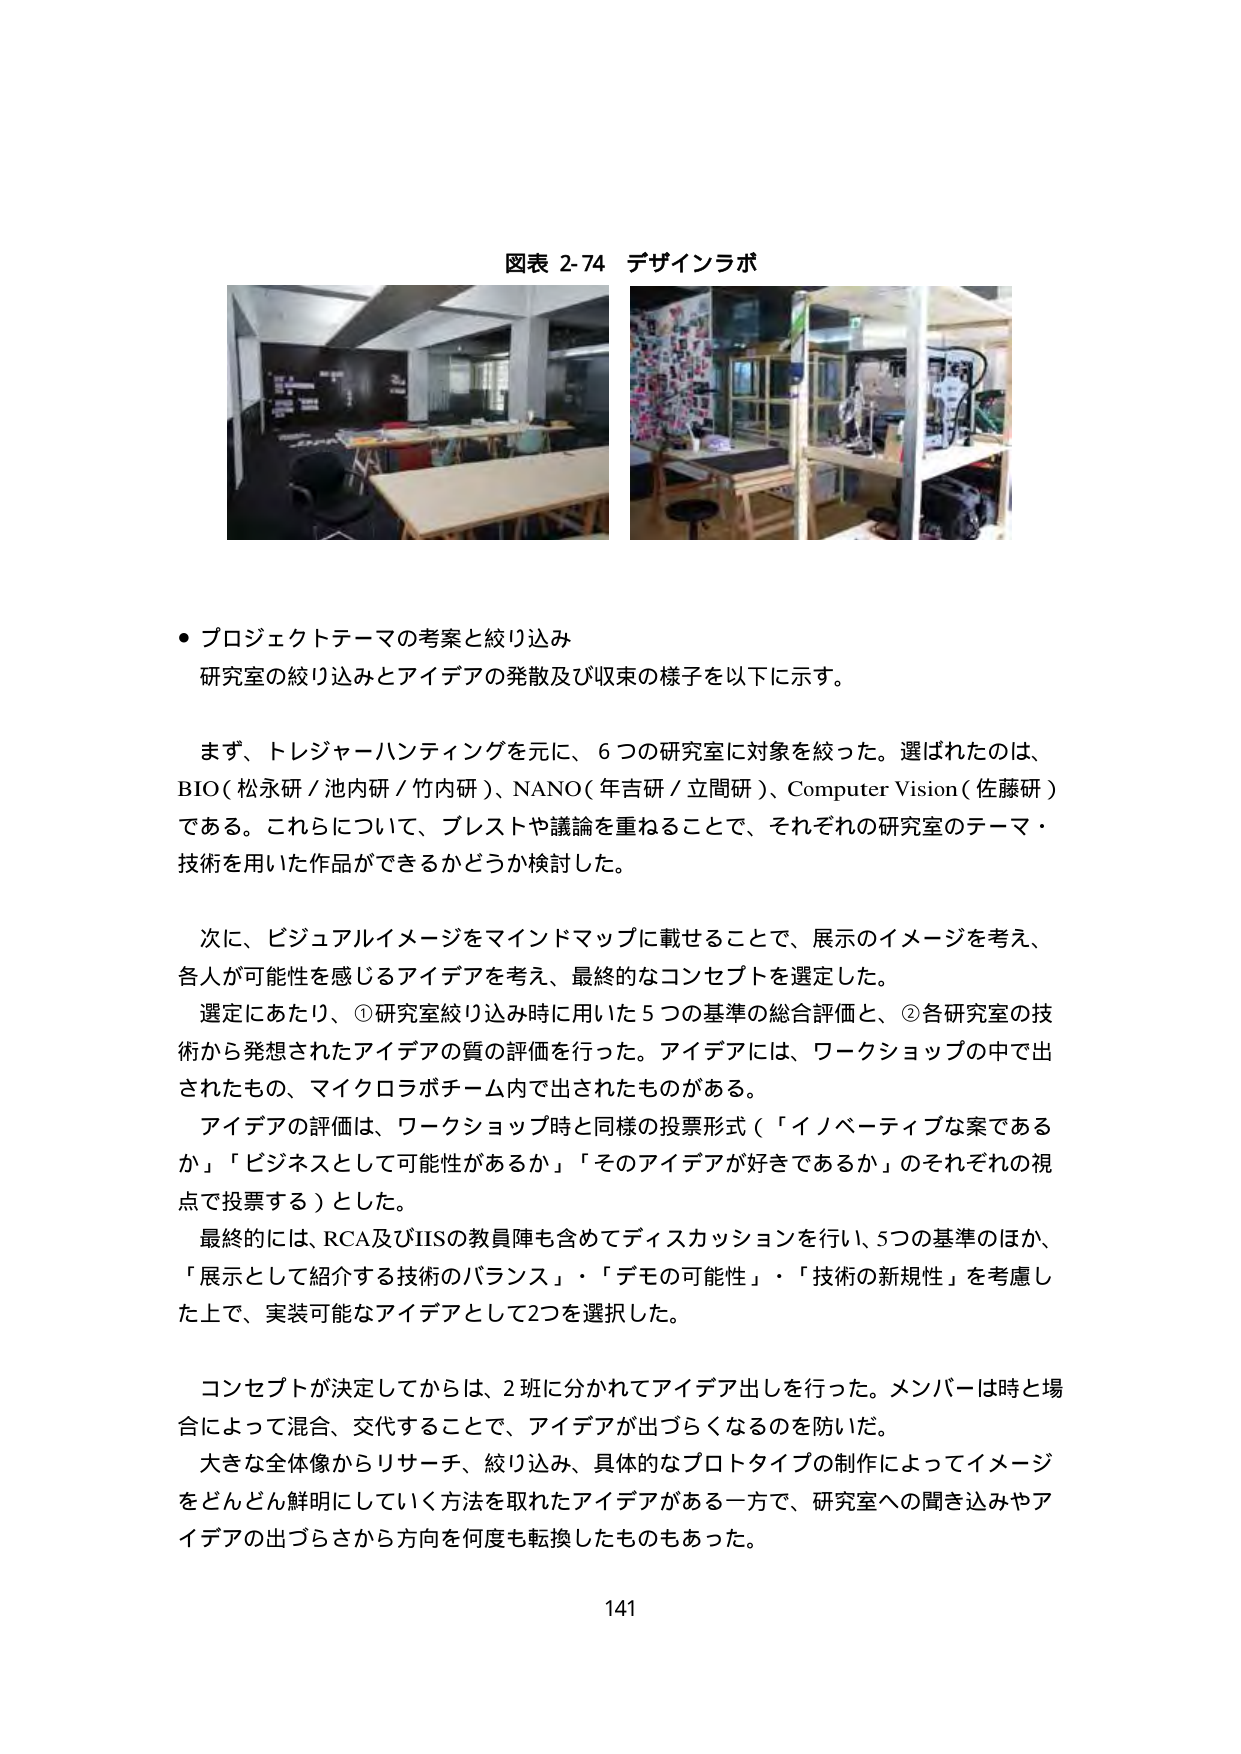
図表 2-74 デザインラボ

● プロジェクトテーマの考案と絞り込み
研究室の絞り込みとアイデアの発散及び収束の様子を以下に示す。

まず、トレジャーハンティングを元に、6つの研究室に対象を絞った。選ばれたのは、
BIO（松永研／池内研／竹内研）、NANO（年吉研／立間研）、Computer Vision（佐藤研）
である。これらについて、ブレストや議論を重ねることで、それぞれの研究室のテーマ・
技術を用いた作品ができるかどうか検討した。

次に、ビジュアルイメージをマインドマップに載せることで、展示のイメージを考え、
各人が可能性を感じるアイデアを考え、最終的なコンセプトを選定した。
選定にあたり、①研究室絞り込み時に用いた5つの基準の総合評価と、②各研究室の技
術から発想されたアイデアの質の評価を行った。アイデアには、ワークショップの中で出
されたもの、マイクロラボチーム内で出されたものがある。
アイデアの評価は、ワークショップ時と同様の投票形式（「イノベーティブな案である
か」「ビジネスとして可能性があるか」「そのアイデアが好きであるか」のそれぞれの視
点で投票する）とした。
最終的には、RCA及びIISの教員陣も含めてディスカッションを行い、5つの基準のほか、
「展示として紹介する技術のバランス」・「デモの可能性」・「技術の新規性」を考慮し
た上で、実装可能なアイデアとして2つを選択した。

コンセプトが決定してからは、2班に分かれてアイデア出しを行った。メンバーは時と場
合によって混合、交代することで、アイデアが出づらくなるのを防いだ。
大きな全体像からリサーチ、絞り込み、具体的なプロトタイプの制作によってイメージ
をどんどん鮮明にしていく方法を取れたアイデアがある一方で、研究室への聞き込みやア
イデアの出づらさから方向を何度も転換したものもあった。

141